Production of alkali in liquid media by the Bacillus pestis - Number 33
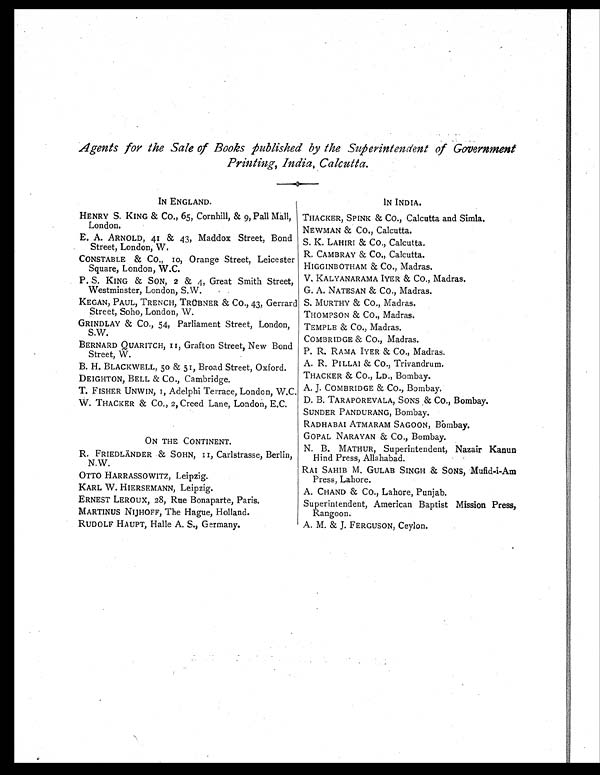
Agents for the Sale of Books published by the Superintendent of Government
Printing, India, Calcutta.
IN ENGLAND.
HENRY S. KING & CO., 65, Cornhill, & 9, Pall Mall,
London.
E. A. ARNOLD, 41 & 43, Maddox Street, Bond
Street, London, W.
CONSTABLE & CO. 10, Orange Street, Leicester
Square, London, WC.
P. S. KING & SON, 2 & 4, Great Smith Street,
Westminster, London, S.W.
KEGAN, PAUL, TRENCH, TRÜBNER & Co., 43, Gerrard
Street, Soho, London, W.
GRINDLAY & CO., 54, Parliament Street, London,
S.W.
BERNARD QUARITCH, II, Grafton Street, New Bond
Street, W.
B. H. BLACKWELL, 50 & 51, Broad Street, Oxford.
DEIGHTON, BELL & Co., Cambridge.
T. FISHER UNWIN, I, Adelphi Terrace, London, W.C.
W. THACKER & CO,, 2, Creed Lane, London, E.C.
ON THE CONTINENT.
R. FRIEDLÄNDER & SOHN,
II, Carlstrasse, Berlin,
N.W.
OTTO HARRASSOWITZ, Leipzig.
KARL W. HIERSEMANN, Leipzig.
ERNEST LEROUX, 28, Rue Bonaparte, Paris.
MARTINUS NIJHOFF, The Hague, Holland.
RUDOLF HAUPT, Halle A. S., Germany.
IN INDIA.
THACKER, SPINK & Co., Calcutta and Simla.
NEWMAN & CO., Calcutta.
S. K. LAHIRI & Co., Calcutta.
R. CAMBRAY & Co., Calcutta.
HIGGINBOTHAM & CO., Madras.
V. KALYANARAMA IYER & CO., Madras.
G. A. NATESAN & CO., Madras.
S. MURTHY & CO., Madras.
THOMPSON & CO., Madras.
TEMPLE & Co., Madras.
COMBRIDGE & CO., Madras.
P. R. RAMA IYER & Co., Madras.
A. R. PILLAI & Co., Trivandrum.
THACKER & CO., LD., Bombay.
A. J. COMBRIDGE & CO., Bombay.
D. B. TARAPOREVALA, SONS & Co., Bombay.
SUNDER PANDURANG, Bombay.
RADHABAI ATMARAM SAGOON, Bombay.
GOPAL NARAYAN & CO., Bombay.
N. B. MATHUR, Superintendent, Nazair Kanun
Hind Press, Allahabad.
RAI SAHIB M. GULAB SINGH & SONS, Mufid-i-Am
Press, Lahore.
A. CHAND & Co., Lahore, Punjab.
Superintendent, American Baptist Mission Press,
Rangoon.
A. M. & J. FERGUSON, Ceylon.